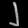
Digit: ၂